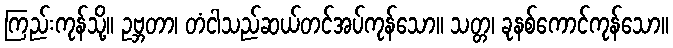
ကြည်းကုန်သို့။ ဥဗ္ဘတာ၊ တံငါသည်ဆယ်တင်အပ်ကုန်သော။ သတ္တ၊ ခုနစ်ကောင်ကုန်သော။